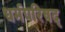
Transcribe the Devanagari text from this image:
धर्मपरिषद्